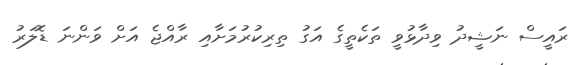
ރައީސް ނަޝީދު ވިދާޅުވީ ތަކެތީގެ އަގު ތިރިކުރުމަށާއި ރާއްޖެ އަށް ވަންނަ ޑޮލަރު